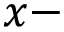
x -